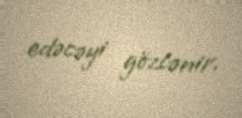
edəcəyi gözlənir.